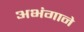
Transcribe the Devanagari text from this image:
अभंगाने